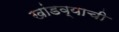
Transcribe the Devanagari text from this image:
खांडव्याची